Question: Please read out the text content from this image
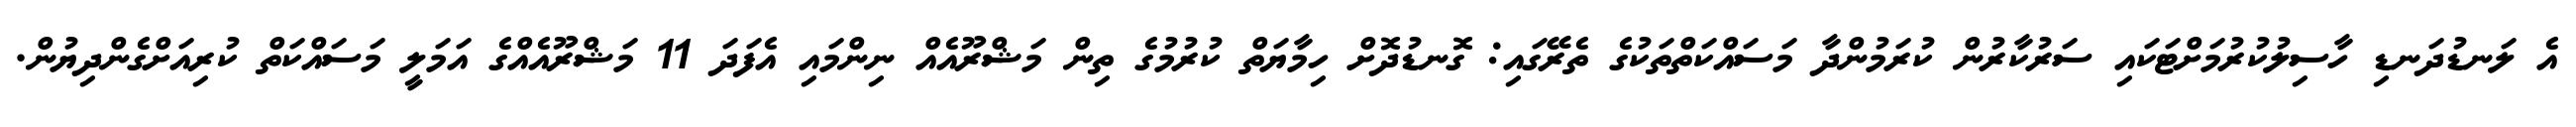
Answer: އެ ލަނޑުދަނޑި ހާސިލުކުރުމަށްޓަކައި ސަރުކާރުން ކުރަމުންދާ މަސައްކަތްތަކުގެ ތެރޭގައި: ގޮނޑުދޮށް ހިމާޔަތް ކުރުމުގެ ތިން މަޝްރޫއެއް ނިންމައި އެފަދަ 11 މަޝްރޫއެއްގެ އަމަލީ މަސައްކަތް ކުރިއަށްގެންދިޔުން.